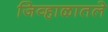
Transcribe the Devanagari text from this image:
जिव्हाळातले